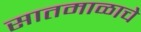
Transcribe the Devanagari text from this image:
सातमाळाचे